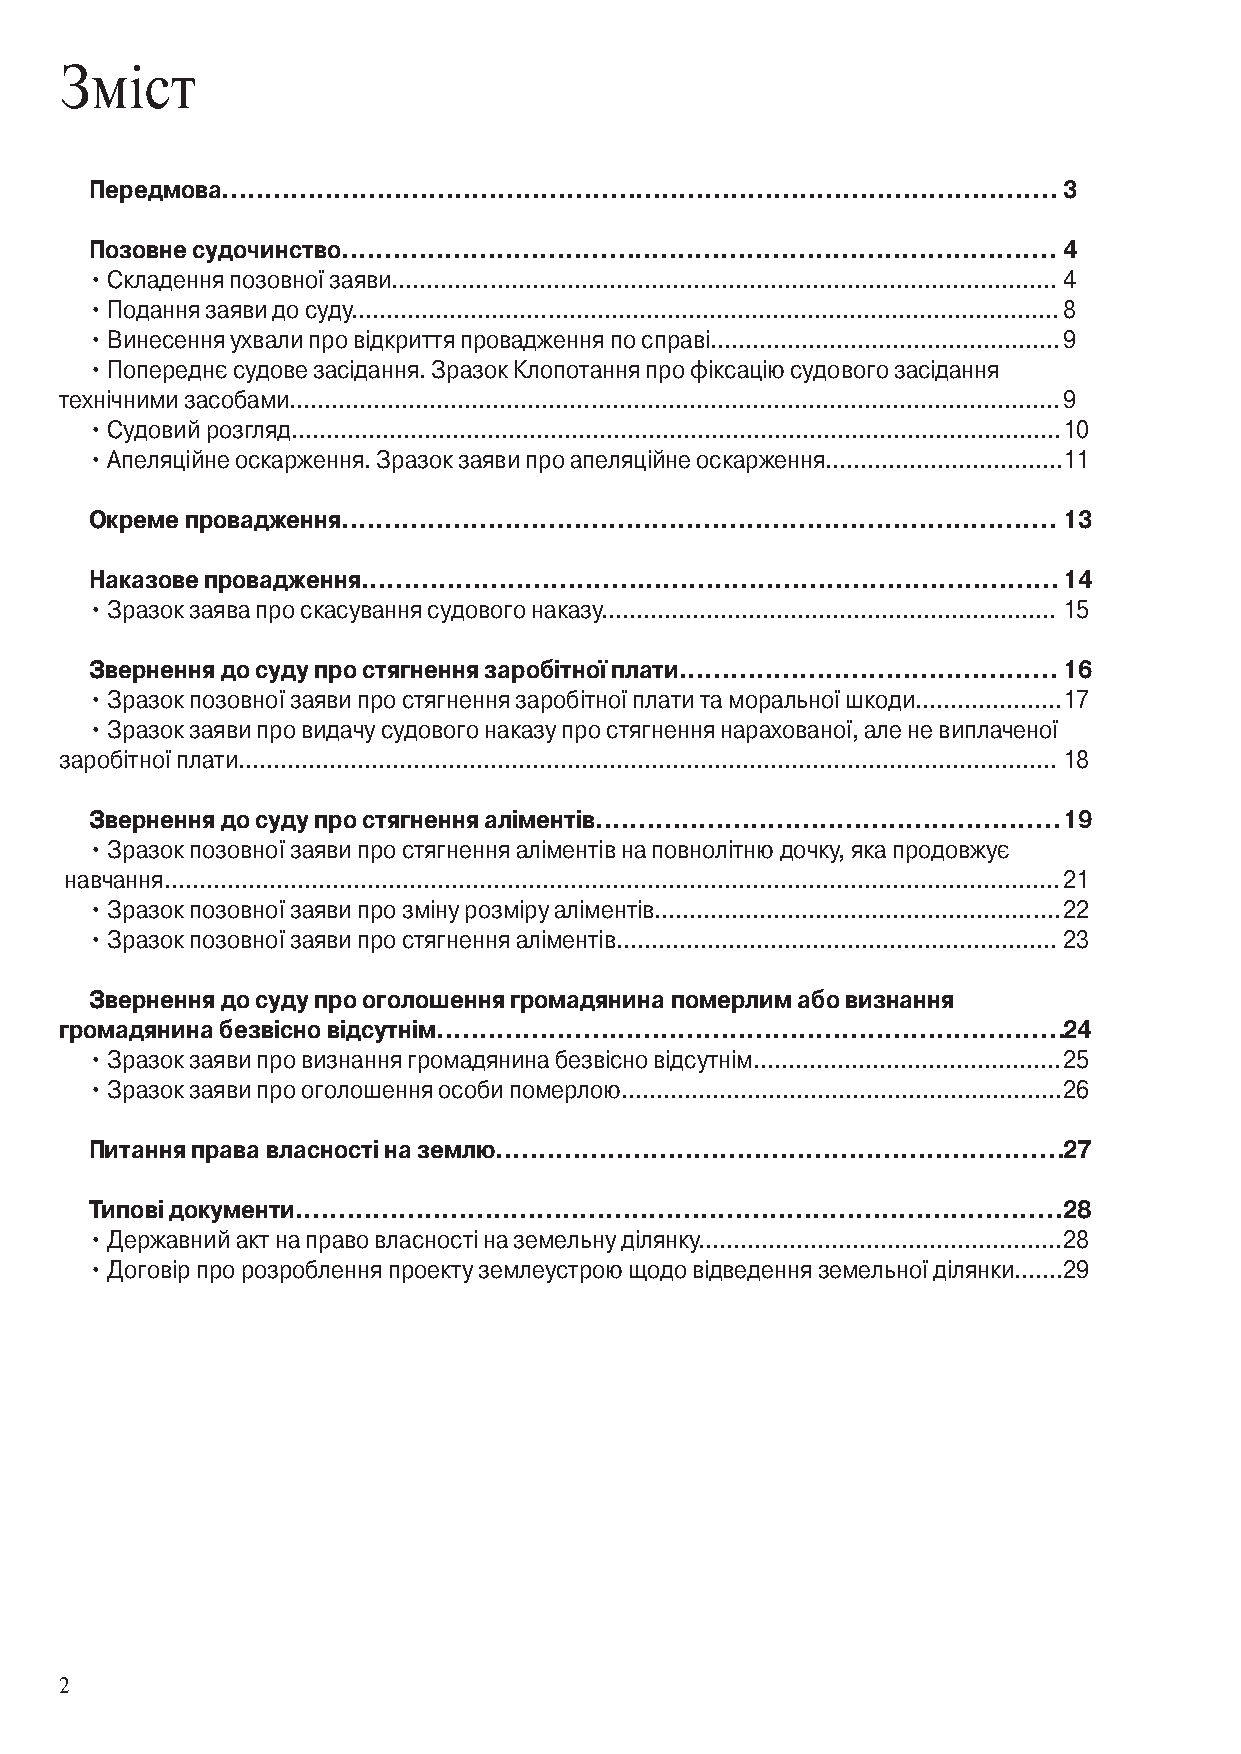
Зміст
 Передмова.................................................................................................3
 Позовне судочинство...................................................................................4
 • Складення позовної заяви...............................................................................................4
 • Подання заяви до суду.....................................................................................................8
 • Винесення ухвали про відкриття провадження по справі.................................................. 9
 • Попереднє судове засідання. Зразок Клопотання про фіксацію судового засідання
 технічними засобами..............................................................................................................9
 • Судовий розгляд..............................................................................................................10
 • Апеляційне оскарження. Зразок заяви про апеляційне оскарження..................................11
 Окреме провадження...................................................................................13
 Наказове провадження.................................................................................14
 • Зразок заява про скасування судового наказу................................................................. 15
 Звернення до суду про стягнення заробітної плати............................................16
 • Зразок позовної заяви про стягнення заробітної плати та моральної шкоди.....................17
 • Зразок заяви про видачу судового наказу про стягнення нарахованої, але не виплаченої
 заробітної плати.....................................................................................................................18
 Звернення до суду про стягнення аліментів......................................................19
 • Зразок позовної заяви про стягнення аліментів на повнолітню дочку, яка продовжує
 навчання................................................................................................................................21
 • Зразок позовної заяви про зміну розміру аліментів..........................................................22
 • Зразок позовної заяви про стягнення аліментів...............................................................23
 Звернення до суду про оголошення громадянина померлим або визнання
 громадянина безвісно відсутнім.........................................................................24
 • Зразок заяви про визнання громадянина безвісно відсутнім............................................25
 • Зразок заяви про оголошення особи померлою...............................................................26
 Питання права власності на землю..................................................................27
 Типові документи.........................................................................................28
 • Державний акт на право власності на земельну ділянку.....................................................28
 • Договір про розроблення проекту землеустрою щодо відведення земельної ділянки.......29
 